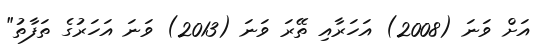
އަށް ވަނަ (2008) އަހަރާއި ތޭރަ ވަނަ (2013) ވަނަ އަހަރުގެ ތަފާތު"